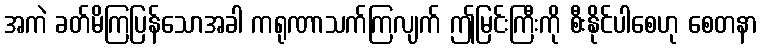
အကဲ ခတ်မိကြပြန်သောအခါ ကရုဏာသက်ကြလျက် ဤမြင်းကြီးကို စီးနိုင်ပါစေဟု စေတနာ